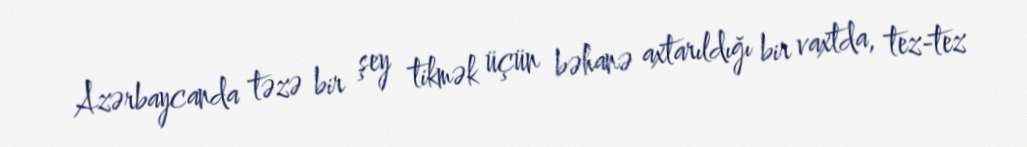
Azərbaycanda təzə bir şey tikmək üçün bəhanə axtarıldığı bir vaxtda, tez-tez